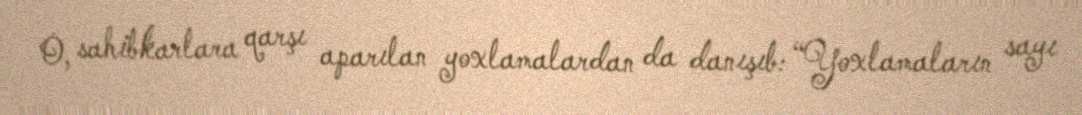
O, sahibkarlara qarşı aparılan yoxlamalardan da danışıb: “Yoxlamaların sayı